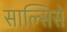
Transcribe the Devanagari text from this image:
साल्सिसे